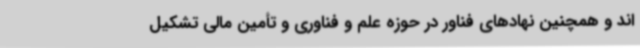
اند و همچنین نهادهای فناور در حوزه علم و فناوری و تأمین مالی تشکیل